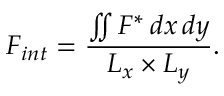
F _ { i n t } = \frac { \iint F ^ { * } \, d x \, d y } { L _ { x } \times L _ { y } } .